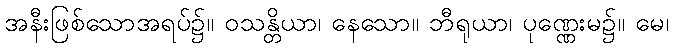
အနီးဖြစ်သောအရပ်၌။ ဝသန္တိယာ၊ နေသော။ ဘီရုယာ၊ ပုဏ္ဏေးမ၌။ မေ၊